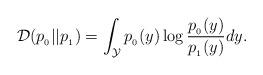
LaTeX: \begin{align*}\mathcal{D}(p_{_0}||p_{_1}) = \int_{\mathcal{Y}} p_{_0}(y) \log\frac{p_{_0}(y)}{p_{_1}(y)} d {y}.\end{align*}